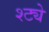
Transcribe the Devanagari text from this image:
श्ट्ये